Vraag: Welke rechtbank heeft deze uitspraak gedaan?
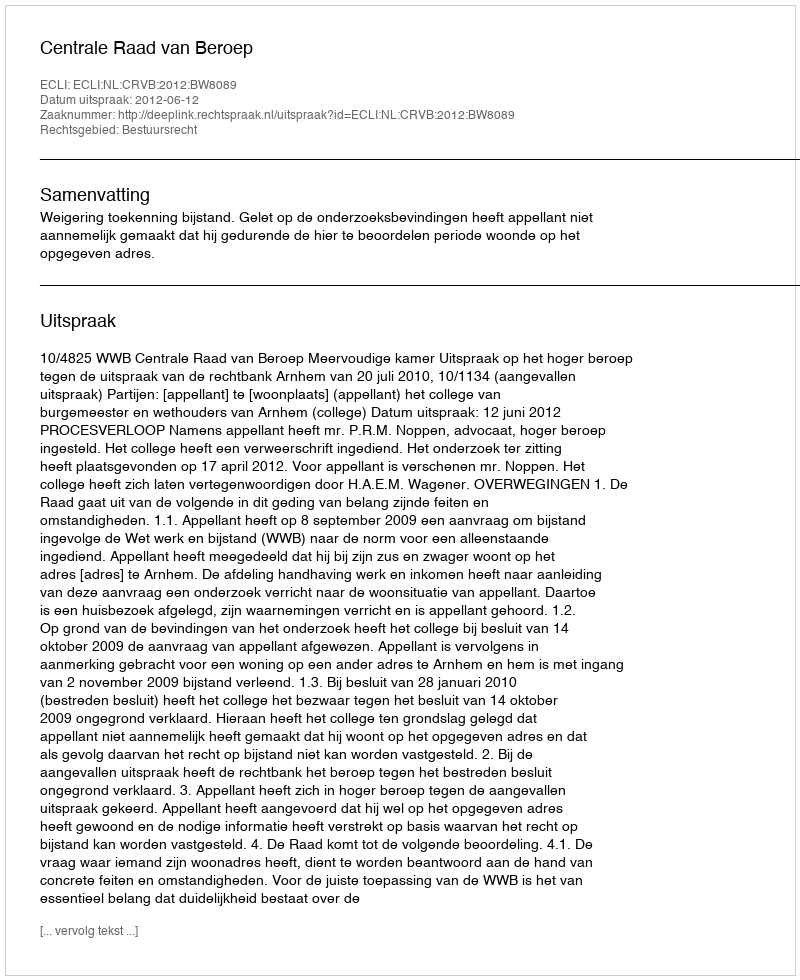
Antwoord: Centrale Raad van Beroep